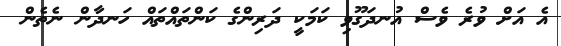
އެ އަށް ވުރެ ވެސް އުނދަގޫވި ކަމަކީ ދަރިންގެ ކަންތައްތައް ހަނދާން ނެތެން